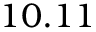
1 0 . 1 1